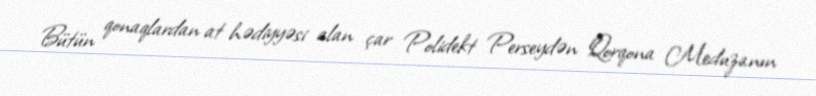
Bütün qonaqlardan at hədiyyəsi alan çar Polidekt Perseydən Qorqona Meduzanın